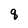
Character: q